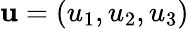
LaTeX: \textbf{u}=\left({{u}_{1}},{{u}_{2}},{{u}_{3}}\right)